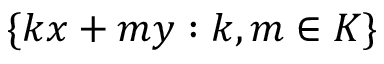
\{ k x + m y : k , m \in K \}